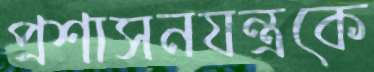
প্রশাসনযন্ত্রকে